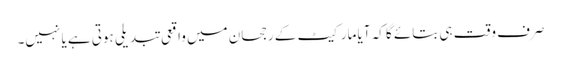
صرف وقت ہی بتائے گا کہ آیا مارکیٹ کے رجحان میں واقعی تبدیلی ہوتی ہے یا نہیں۔